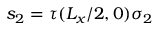
s _ { 2 } = \tau ( L _ { x } / 2 , 0 ) \sigma _ { 2 }